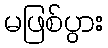
မဖြစ်ပွား